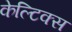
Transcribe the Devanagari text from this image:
केल्टिक्स